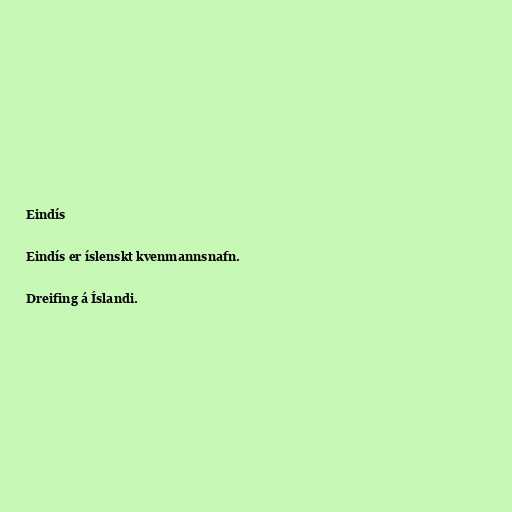
Eindís

Eindís er íslenskt kvenmannsnafn.

Dreifing á Íslandi.